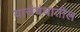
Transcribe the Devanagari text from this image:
यासंबंधातील